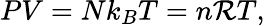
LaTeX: PV=Nk_{B}T=n\mathcal{R}T,